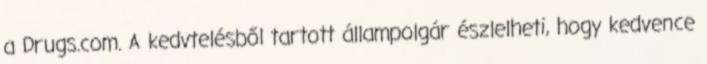
a Drugs.com. A kedvtelésből tartott állampolgár észlelheti, hogy kedvence